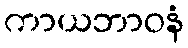
ကာယဘာဝနံ